Indian journal of veterinary science and animal husbandry - Volume 7,
Year: 1937
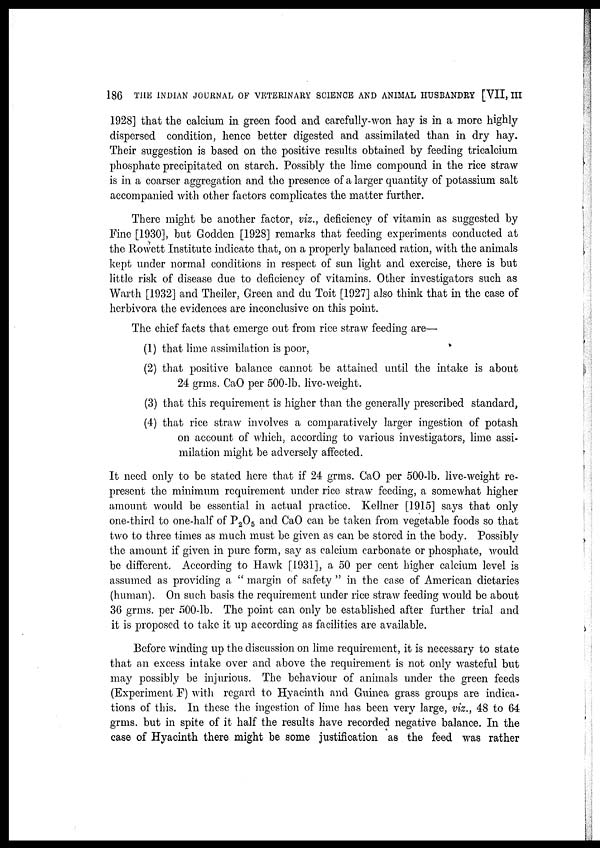
186 THE INDIAN JOURNAL OF VETERINARY SCIENCE AND ANIMAL HUSBANDRY [VII, III
1928] that the calcium in green food and carefully-won hay is in a more highly
dispersed condition, hence better digested and assimilated than in dry hay.
Their suggestion is based on the positive results obtained by feeding tricalcium
phosphate precipitated on starch. Possibly the lime compound in the rice straw
is in a coarser aggregation and the presence of a larger quantity of potassium salt
accompanied with other factors complicates the matter further.
There might be another factor, viz., deficiency of vitamin as suggested by
Fine [1930], but Godden [1928] remarks that feeding experiments conducted at
the Rowett Institute indicate that, on a properly balanced ration, with the animals
kept under normal conditions in respect of sun light and exercise, there is but
little risk of disease due to deficiency of vitamins. Other investigators such as
Warth [1932] and Theiler, Green and du Toit [1927] also think that in the case of
herbivora the evidences are inconclusive on this point.
The chief facts that emerge out from rice straw feeding are—
(1) that lime assimilation is poor,
(2) that positive balance cannot be attained until the intake is about
24 grms. CaO per 500-lb. live-weight.
(3) that this requirement is higher than the generally prescribed standard,
(4) that rice straw involves a comparatively larger ingestion of potash
on account of which, according to various investigators, lime assi-
milation might be adversely affected.
It need only to be stated here that if 24 grms. CaO per 500-lb. live-weight re-
present the minimum requirement under rice straw feeding, a somewhat higher
amount would be essential in actual practice. Kellner [1915] says that only
one-third to one-half of P 2 O 5 and CaO can be taken from vegetable foods so that
two to three times as much must be given as can be stored in the body. Possibly
the amount if given in pure form, say as calcium carbonate or phosphate, would
be different. According to Hawk [1931], a 50 per cent higher calcium level is
assumed as providing a " margin of safety " in the case of American dietaries
(human). On such basis the requirement under rice straw feeding would be about
36 grms. per 500-lb. The point can only be established after further trial and
it is proposed to take it up according as facilities are available.
Before winding up the discussion on lime requirement, it is necessary to state
that an excess intake over and above the requirement is not only wasteful but
may possibly be injurious. The behaviour of animals under the green feeds
(Experiment F) with regard to Hyacinth and Guinea grass groups are indica-
tions of this. In these the ingestion of lime has been very large, viz., 48 to 64
grms. but in spite of it half the results have recorded negative balance. In the
case of Hyacinth there might be some justification as the feed was rather